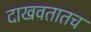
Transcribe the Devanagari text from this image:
दाखवतातच